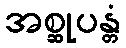
အစ္ဆုပန္တံ